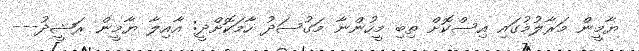
ޔާމީން މަރާލުމުގައި އިސްކޮށް ތިބި މީހުންނާ މަގުސަދު ހާމަކޮށްދީ: އާއިލާ ޔާމީން ރަޝީދު---